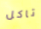
تاكل